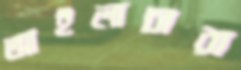
আইলাচারা